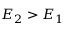
E _ { 2 } > E _ { 1 }